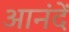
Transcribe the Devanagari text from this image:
आनंदें